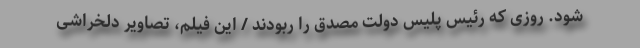
شود. روزی که رئیس پلیس دولت مصدق را ربودند / این فیلم، تصاویر دلخراشی